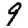
Digit: 9